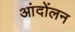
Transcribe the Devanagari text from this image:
आंदोंलन